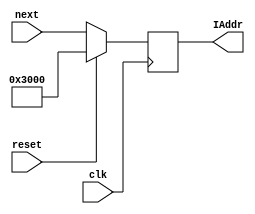
`timescale 1ns / 1ns
module PC(
input clk,
input reset,
input [31:0]next,
output reg [31:0]IAddr=32'h00003000
);
    always @(posedge clk) begin
	     if(reset) IAddr<=32'h00003000;
		  else IAddr<=next;
	 end
endmodule